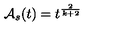
{ \cal A } _ { s } ( t ) = t ^ { \frac { 2 } { k + 2 } }